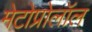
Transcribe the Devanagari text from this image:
मेटोप्रोलॉल